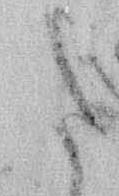
た